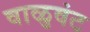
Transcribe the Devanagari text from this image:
वाळुवंट